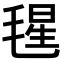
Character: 𣮶